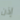
إذن